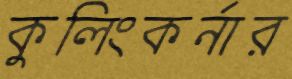
কুলিংকর্নার